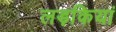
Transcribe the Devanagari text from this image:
लड़कियां